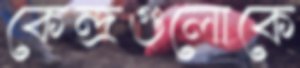
কেন্দ্রগুলোকে